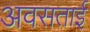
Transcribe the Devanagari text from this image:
अवसताई